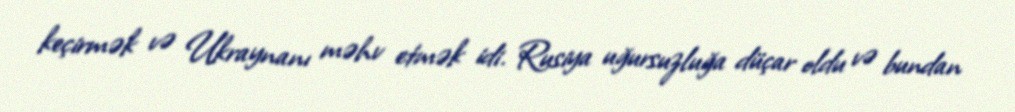
keçirmək və Ukraynanı məhv etmək idi. Rusiya uğursuzluğa düçar oldu və bundan